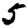
Digit: 5